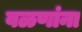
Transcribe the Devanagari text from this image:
वळणांना